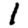
Digit: 1